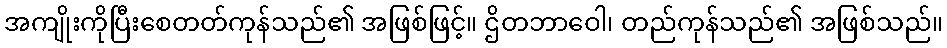
အကျိုးကိုပြီးစေတတ်ကုန်သည်၏ အဖြစ်ဖြင့်။ ဌိတဘာဝေါ၊ တည်ကုန်သည်၏ အဖြစ်သည်။